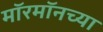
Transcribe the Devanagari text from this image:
मॉरमॉनच्या